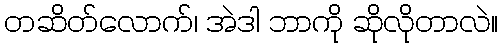
တဆိတ်လောက်၊ အဲဒါ ဘာကို ဆိုလိုတာလဲ။